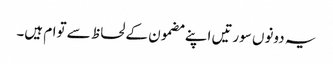
یہ دونوں سورتیں اپنے مضمون کے لحاظ سے توام ہیں۔